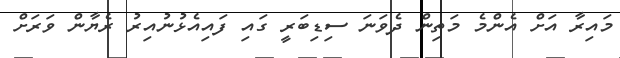
މައިރާ އަށް އެންމެ މަތިން ދެވަނަ ސިޑިބަރީ ގައި ފައިއެޅުނުއިރު ރެޔާން ވަރަށް